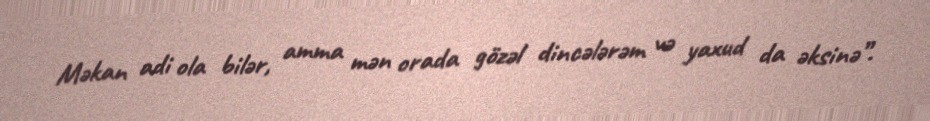
Məkan adi ola bilər, amma mən orada gözəl dincələrəm və yaxud da əksinə”.